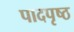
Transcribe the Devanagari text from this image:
पादपृष्ठ